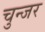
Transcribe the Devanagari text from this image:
चुन्जर